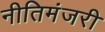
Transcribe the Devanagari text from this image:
नीतिमंजरी